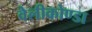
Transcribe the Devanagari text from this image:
वेलीकोण्डा